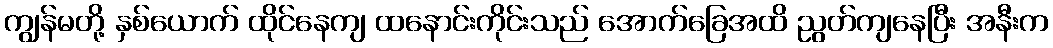
ကျွန်မတို့ နှစ်ယောက် ထိုင်နေကျ ထနောင်းကိုင်းသည် အောက်ခြေအထိ ညွတ်ကျနေပြီး အနီးက